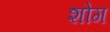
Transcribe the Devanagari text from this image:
शोग